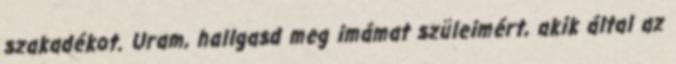
szakadékot. Uram, hallgasd meg imámat szüleimért, akik által az